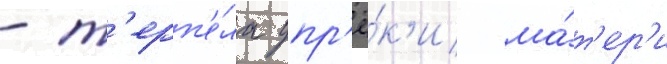
- т'ерп'е́ла упр'ё́к'и ма́т'ер'и